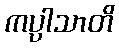
ကပ္ပါသာတိ